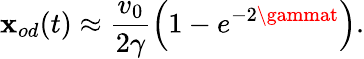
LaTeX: \mathbf{x}_{od}(t)\approx\frac{{v_{0}}}{{2\gamma}}\left(1-e^{-2\gammat}\right).